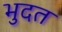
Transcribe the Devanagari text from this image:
भुदत